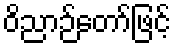
ဝိညာဉ်တော်ဖြင့်